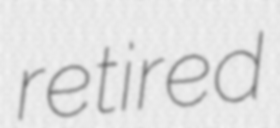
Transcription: retired